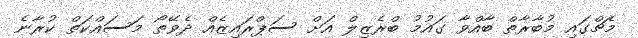
މެޗްގައި މުބާރާތް ބާއްވާ ގައުމު ބްރެޒިލް އަށް ސަޕްރައިޒެއް ދެވޭތޯ މަސައްކަތް ކުރާނެ